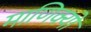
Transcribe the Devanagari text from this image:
माणिक्यों